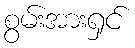
စွမ်းအားရှင်